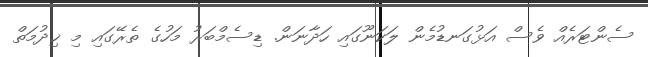
ސެންޓަރެއް ވެސް އަޅުގަނޑުމެން ލަކަނޫގައި ހަދާނަން. ޑިސެމްބަރު މަހުގެ ތެރޭގައި މި ޚިދުމަތް